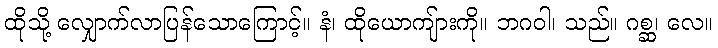
ထိုသို့ လျှောက်လာပြန်သောကြောင့်။ နံ၊ ထိုယောကျ်ားကို။ ဘဂဝါ၊ သည်။ ဂစ္ဆ၊ လေ။